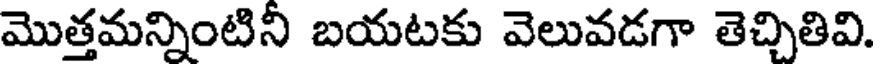
మొత్తమన్నింటినీ బయటకు వెలువడగా తెచ్చితివి.